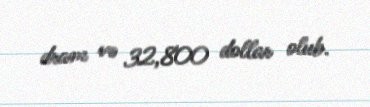
dram və 32,800 dollar olub.